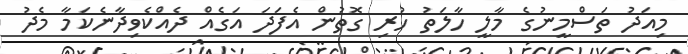
މިއަދު ތަސްމީނުގެ މާލީ ހާލަތު ހުރި ގޮތުން އެފަދަ އަގެއް ދެއްކެވިދާނެކަމާ މެދު